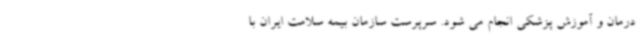
درمان و آموزش پزشکی انجام می شود. سرپرست سازمان بیمه سلامت ایران با